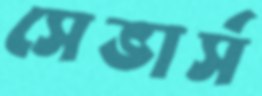
সেভার্স